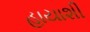
હાયાશી